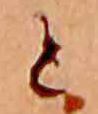
と